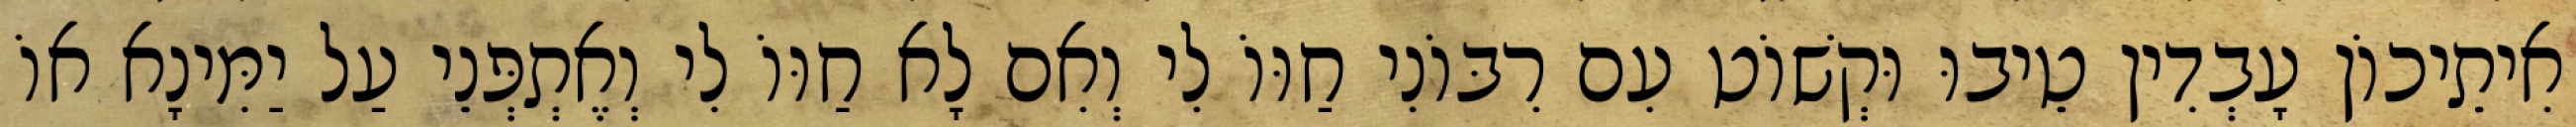
אִיתֵיכוֹן עָבְדִין טֵיבוּ וּקְשׁוֹט עִם רִבּוֹנִי חַוּוֹ לִי וְאִם לָא חַוּוֹ לִי וְאֶתְפְּנֵי עַל יַמִּינָא אוֹ